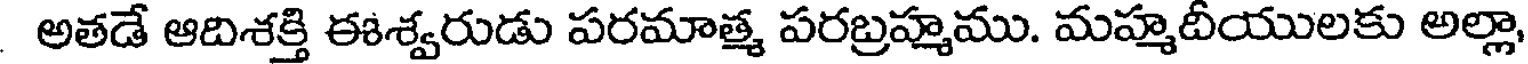
అతడే ఆదిశక్తి ఈశ్వరుడు పరమాత్మ పరబ్రహ్మము. మహ్మదీయులకు అల్లా